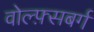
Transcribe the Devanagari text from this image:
वोल्फ़्सबर्ग